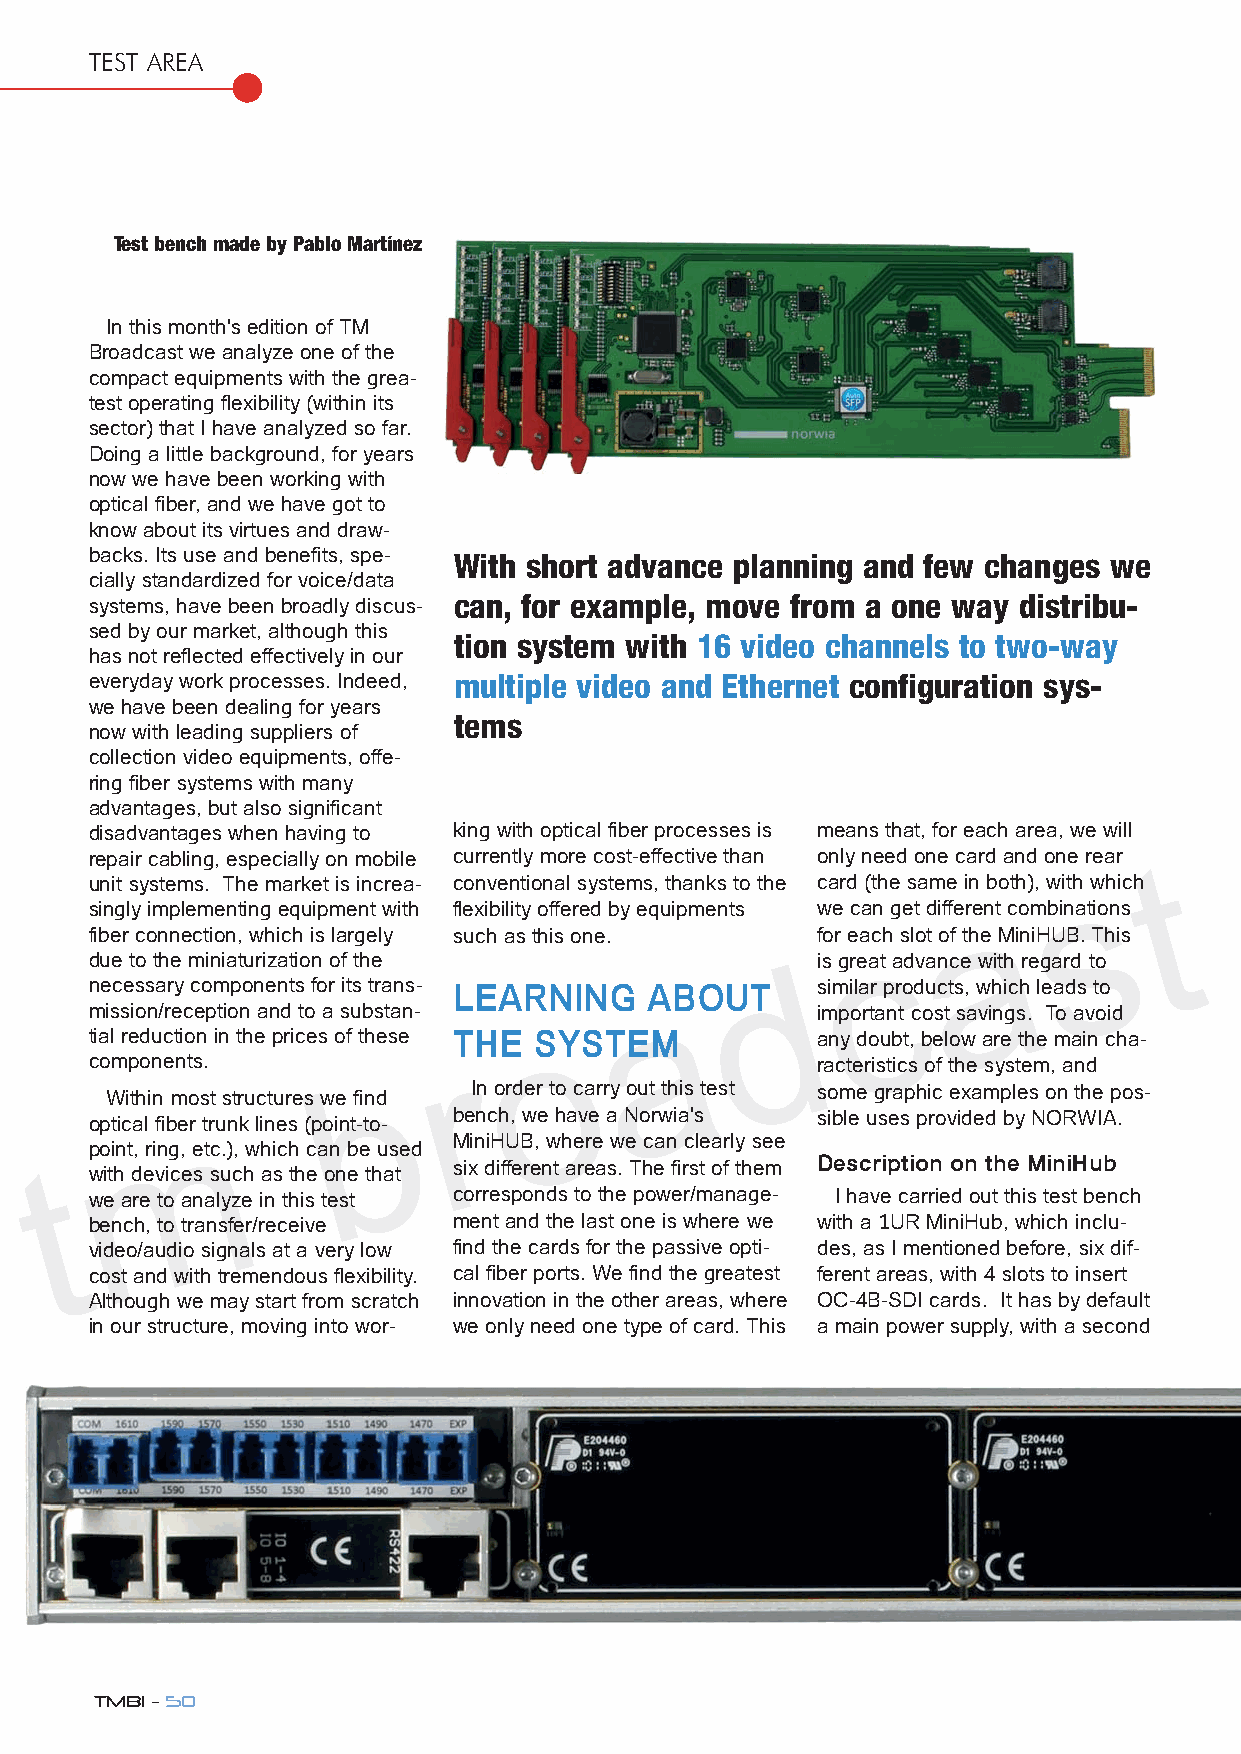
TEST AREA
 Test bench made by Pablo Martínez
 In this month's edition of TM
 Broadcast we analyze one of the
 compact equipments with the grea-
 test operating flexibility (within its
 sector) that I have analyzed so far.
 Doing a little background, for years
 now we have been working with
 optical fiber, and we have got to
 know about its virtues and draw-
 backs. Its use and benefits, spe- With short advance planning and few changes we
 cially standardized for voice/data
 systems, have been broadly discus- can, for example, move from a one way distribu-
 sed by our market, although this
 tion system with 16 video channels to two-way
 has not reflected effectively in our
 everyday work processes. Indeed, multiple video and Ethernet configuration sys-
 we have been dealing for years
 tems
 now with leading suppliers of
 collection video equipments, offe-
 ring fiber systems with many
 advantages, but also significant                                      t
 disadvantages when having to king with optical fiber processes is means that, for each areas, we will
 repair cabling, especially on mobile currently more cost-effective than only need onea card and one rear
 unit systems. The market is increa- conventional systems, thanks to the carcd (the same in both), with which
 singly implementing equipment with flexibility offered by equipmentds we can get different combinations
 fiber connection, which is largely such as this one. for each slot of the MiniHUB. This
 a
 due to the miniaturization of the               is great advance with regard to
 o
 necessary components for its trans- LEARNING ABOUT similar products, which leads to
 mission/reception and to a substan- r           important cost savings. To avoid
 b       THE  SYSTEM
 tial reduction in the prices of these           any doubt, below are the main cha-
 c momponents.                                   racteristics of the system, and
 In order to carry out this test some graphic examples on the pos-
 Within most structures we find
 t  optical fiber trunk lines (point-to- bench, we have a Norwia's sible uses provided by NORWIA.
 MiniHUB, where we can clearly see
 point, ring, etc.), which can be used
 Description on the MiniHub
 six different areas. The first of them
 with devices such as the one that
 we are to analyze in this test corresponds to the power/manage- I have carried out this test bench
 bench, to transfer/receive ment and the last one is where we with a 1UR MiniHub, which inclu-
 video/audio signals at a very low find the cards for the passive opti- des, as I mentioned before, six dif-
 cost and with tremendous flexibility. cal fiber ports. We find the greatest ferent areas, with 4 slots to insert
 Although we may start from scratch innovation in the other areas, where OC-4B-SDI cards. It has by default
 in our structure, moving into wor- we only need one type of card. This a main power supply, with a second
 TMBi - 50